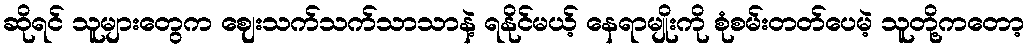
ဆိုရင် သူများတွေက ဈေးသက်သက်သာသာနဲ့ ရနိုင်မယ့် နေရာမျိုးကို စုံစမ်းတတ်ပေမဲ့ သူတို့ကတော့